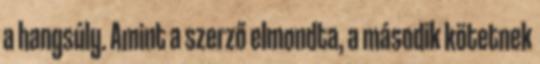
a hangsúly. Amint a szerző elmondta, a második kötetnek